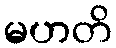
မဟတိ